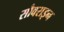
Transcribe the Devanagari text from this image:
सौवराइन